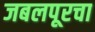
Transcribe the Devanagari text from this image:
जबलपूरचा